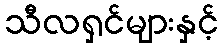
သီလရှင်များနှင့်